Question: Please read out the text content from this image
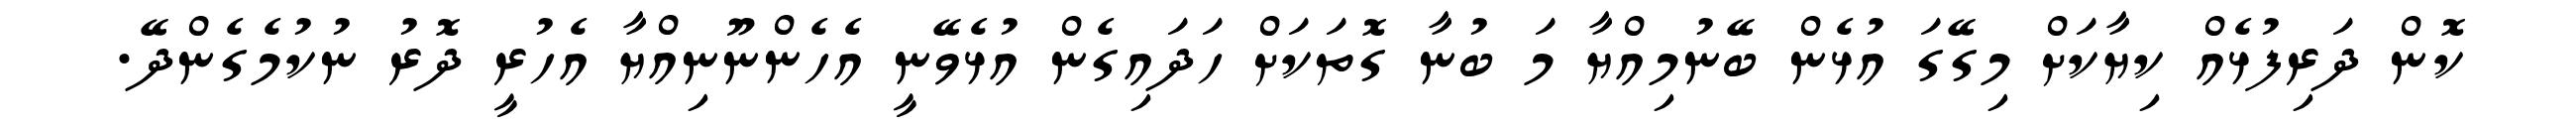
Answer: ކޮން ދަރިފުޅެއް ކިޔާކަށް މިގޭގަ އުޅެން ބޭނުމިއްޔާ މަ ބުނާ ގޮތަކަށް ހަދައިގެން އުޅެވޭނީ އެހެންނޫނިއްޔާ އެހުރީ ދޮރު ނުކުމެގެންދޭ.